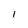
Character: 1